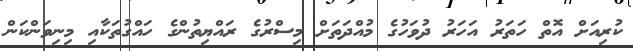
ކުރިއަށް އޮތް ހަތަރު އަހަރު ދުވަހުގެ މުއްދަތަށް މިސްރުގެ ރައްޔިތުންގެ ހައްގުތަކާއި މިނިވަންކަން